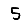
Digit: 5